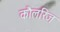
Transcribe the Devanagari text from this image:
कौलरिज